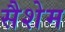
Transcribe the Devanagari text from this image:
सैशेम